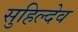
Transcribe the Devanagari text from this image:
सुहिल्देव